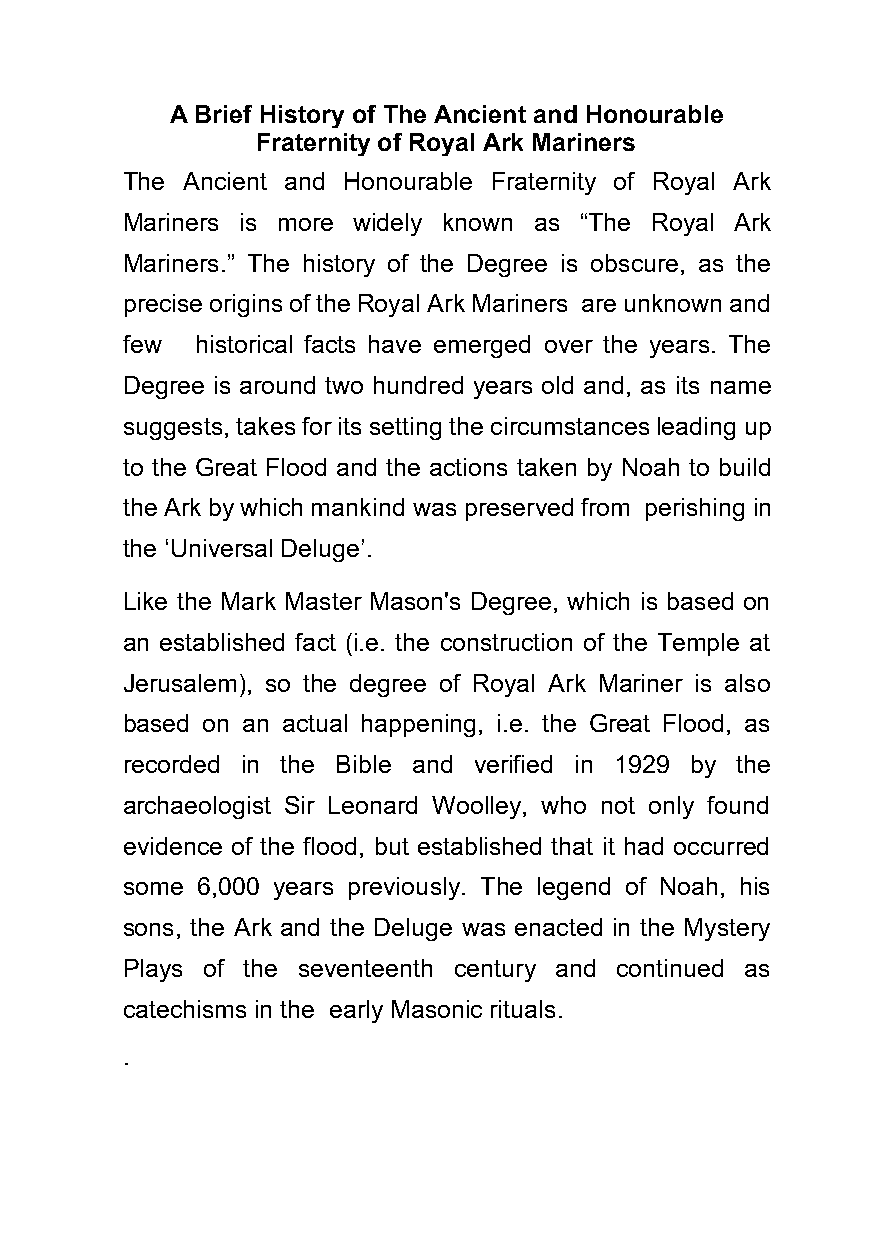
A Brief History of The Ancient and Honourable
 Fraternity of Royal Ark Mariners
 The Ancient and Honourable Fraternity of Royal Ark
 Mariners is more widely known as “The Royal Ark
 Mariners.” The history of the Degree is obscure, as the
 precise origins of the Royal Ark Mariners are unknown and
 few  historical facts have emerged over the years. The
 Degree is around two hundred years old and, as its name
 suggests, takes for its setting the circumstances leading up
 to the Great Flood and the actions taken by Noah to build
 the Ark by which mankind was preserved from perishing in
 the ‘Universal Deluge’.
 Like the Mark Master Mason's Degree, which is based on
 an established fact (i.e. the construction of the Temple at
 Jerusalem), so the degree of Royal Ark Mariner is also
 based on an actual happening, i.e. the Great Flood, as
 recorded in the Bible and verified in 1929 by the
 archaeologist Sir Leonard Woolley, who not only found
 evidence of the flood, but established that it had occurred
 some 6,000 years previously. The legend of Noah, his
 sons, the Ark and the Deluge was enacted in the Mystery
 Plays of the seventeenth century and continued as
 catechisms in the early Masonic rituals.
 .